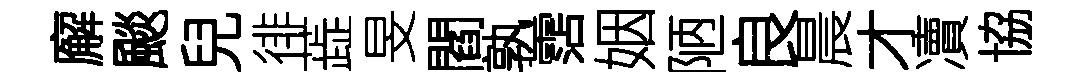
廨颷兒徘蕋旻閻孰霑姻陋良晨才凟協